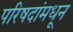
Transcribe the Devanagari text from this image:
परिषदांमधून